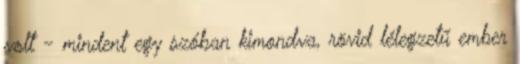
volt - mindent egy szóban kimondva, rövid lélegzetű ember